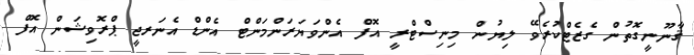
ޤާނޫނީގޮތުން ގެޒެޓްކުރެވޭ ލިޔުން މިނިސްޓްރީ އޮފް އެންވަޔަރަންމަންޓް އެންޑް އެނަރޖީ ޕްރޮވިޝަން އޮފް